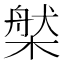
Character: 𣗆